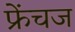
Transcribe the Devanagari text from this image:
फ्रेंचज